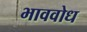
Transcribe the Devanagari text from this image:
भाववोध